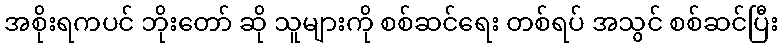
အစိုးရကပင် ဘိုးတော် ဆို သူများကို စစ်ဆင်ရေး တစ်ရပ် အသွင် စစ်ဆင်ပြီး